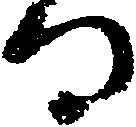
る